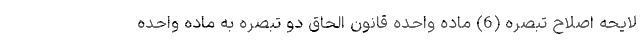
لایحه اصلاح تبصره (6) ماده واحده قانون الحاق دو تبصره به ماده واحده